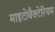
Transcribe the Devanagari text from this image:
माइटोबैक्टेरियम